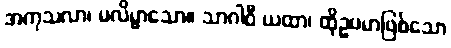
အကုသလာ၊ မလိမ္မာသော။ သာဂါဝီ ယထာ၊ ထိုဥပမာဖြစ်သော